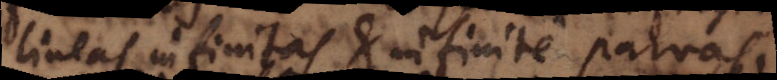
lineas infinitas et infinite parvas.